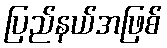
ပြည်နယ်အဖြစ်